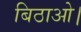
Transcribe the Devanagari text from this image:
बिठाओ।